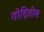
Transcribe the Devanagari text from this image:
गोदितील